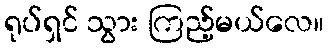
ရုပ်ရှင် သွား ကြည့်မယ်လေ။